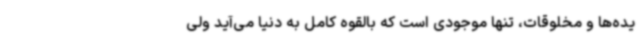
یده‌ها و مخلوقات، تنها موجودی است که بالقوه کامل به دنیا می‌آید ولی